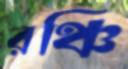
রঞ্চি